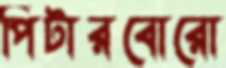
পিটারবোরো